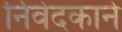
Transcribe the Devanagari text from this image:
निवेदकाने